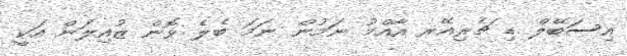
އިސަބޭލް ޑި ޗެރިއޭރ އާއްމު ނަމުން ނަމަ ބެލެ ވޮން ޒުއިލަން އަކީ